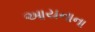
આયનાના